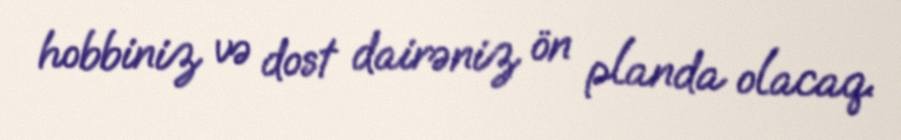
hobbiniz və dost dairəniz ön planda olacaq.